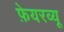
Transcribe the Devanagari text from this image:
फ़ेयरव्यू